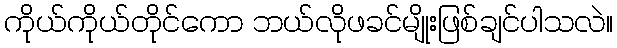
ကိုယ်ကိုယ်တိုင်ကော ဘယ်လိုဖခင်မျိုးဖြစ်ချင်ပါသလဲ။